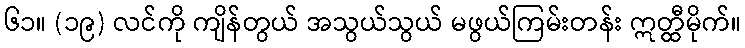
၆၁။ (၁၉) လင်ကို ကျိန်တွယ် အသွယ်သွယ် မဖွယ်ကြမ်းတန်း ဣတ္ထီမိုက်။